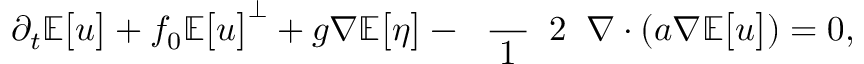
\partial _ { t } \mathbb { E } \big [ \boldsymbol { u } \big ] + f _ { 0 } \mathbb { E } \big [ \boldsymbol { u } \big ] ^ { \perp } + g \boldsymbol { \nabla } \mathbb { E } \big [ \eta \big ] - \mathrm { ~ \scriptsize ~ \frac ~ { ~ 1 ~ } ~ { ~ 2 ~ } ~ } \boldsymbol { \nabla } \boldsymbol { \cdot } ( \boldsymbol { a } \boldsymbol { \nabla } \mathbb { E } \big [ \boldsymbol { u } \big ] ) = 0 ,